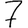
Digit: 7